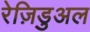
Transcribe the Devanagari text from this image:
रेज़िडुअल